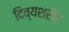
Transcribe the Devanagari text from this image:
दिव्यशरीर